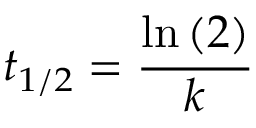
t _ { 1 / 2 } = { \frac { \ln { ( 2 ) } } { k } }